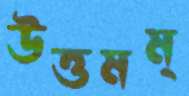
উত্তমম্